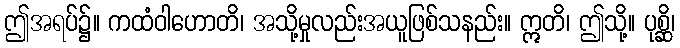
ဤအရပ်၌။ ကထံဝါဟောတိ၊ အသို့မှုလည်းအယူဖြစ်သနည်း။ ဣတိ၊ ဤသို့။ ပုစ္ဆိ၊